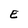
Character: E